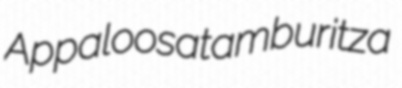
Appaloosa tamburitza